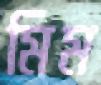
মিম